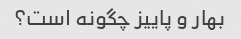
بهار و پاییز چگونه است؟